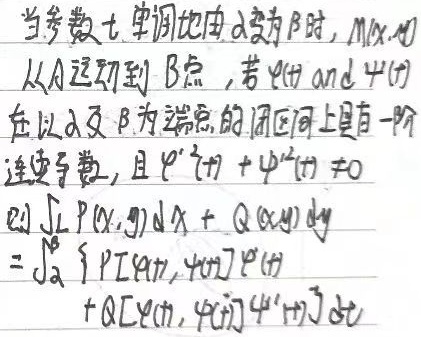
当参数\(t\)单调地由\(\alpha\)变为\(\beta\)时，\(M(x,y)\)从\(A\)运动到\(B\)点，若\(\varphi(t)\) and \(\psi(t)\)在以\(\alpha\)及\(\beta\)为端点的闭区间上具有一阶连续导数，且\(\varphi^{'2}(t) + \psi^{'2}(t) \neq 0\)则
\(\int_{L} P(x,y)dx + Q(x,y)dy = \int_{\alpha}^{\beta} \{P[\varphi(t),\psi(t)]\varphi^{'}(t) + Q[\varphi(t),\psi(t)]\psi^{'}(t)\}dt\)